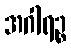
အဂါရဉ္စ